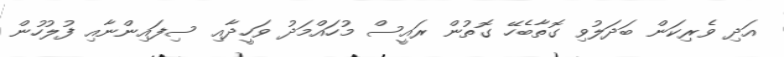
އަދި ވެރިކަން ބަދަލުވި ގޮތާބެހޭ ގޮތުން ރައީސް މުހައްމަދު ވަހީދާއި ސިފައިންނާއި ފުލުހުން